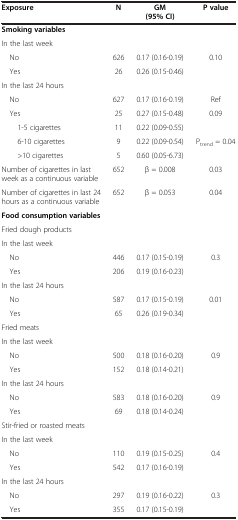
<table><thead><tr><td><b>Exposure</b></td><td><b>N</b></td><td><b>GM (95% CI)</b></td><td><b>P value</b></td></tr></thead><tbody><tr><td><b>Smoking variables</b></td><td> </td><td> </td><td> </td></tr><tr><td>In the last week</td><td> </td><td> </td><td> </td></tr><tr><td> No</td><td>626</td><td>0.17 (0.16-0.19)</td><td>0.10</td></tr><tr><td> Yes</td><td>26</td><td>0.26 (0.15-0.46)</td><td> </td></tr><tr><td>In the last 24 hours</td><td> </td><td> </td><td> </td></tr><tr><td> No</td><td>627</td><td>0.17 (0.16-0.19)</td><td>Ref</td></tr><tr><td> Yes</td><td>25</td><td>0.27 (0.15-0.48)</td><td>0.09</td></tr><tr><td>1-5 cigarettes</td><td>11</td><td>0.22 (0.09-0.55)</td><td> </td></tr><tr><td>6-10 cigarettes</td><td>9</td><td>0.22 (0.09-0.54)</td><td>P<sub>trend</sub> = 0.04</td></tr><tr><td>&gt;10 cigarettes</td><td>5</td><td>0.60 (0.05-6.73)</td><td> </td></tr><tr><td>Number of cigarettes in last week as a continuous variable</td><td>652</td><td>β = 0.008</td><td>0.03</td></tr><tr><td>Number of cigarettes in last 24 hours as a continuous variable</td><td>652</td><td>β = 0.053</td><td>0.04</td></tr><tr><td><b>Food consumption variables</b></td><td> </td><td> </td><td> </td></tr><tr><td>Fried dough products</td><td> </td><td> </td><td> </td></tr><tr><td>In the last week</td><td> </td><td> </td><td> </td></tr><tr><td> No</td><td>446</td><td>0.17 (0.15-0.19)</td><td>0.3</td></tr><tr><td> Yes</td><td>206</td><td>0.19 (0.16-0.23)</td><td> </td></tr><tr><td>In the last 24 hours</td><td> </td><td> </td><td> </td></tr><tr><td> No</td><td>587</td><td>0.17 (0.15-0.19)</td><td>0.01</td></tr><tr><td> Yes</td><td>65</td><td>0.26 (0.19-0.34)</td><td> </td></tr><tr><td>Fried meats</td><td> </td><td> </td><td> </td></tr><tr><td>In the last week</td><td> </td><td> </td><td> </td></tr><tr><td> No</td><td>500</td><td>0.18 (0.16-0.20)</td><td>0.9</td></tr><tr><td> Yes</td><td>152</td><td>0.18 (0.14-0.21)</td><td> </td></tr><tr><td>In the last 24 hours</td><td> </td><td> </td><td> </td></tr><tr><td> No</td><td>583</td><td>0.18 (0.16-0.20)</td><td>0.9</td></tr><tr><td> Yes</td><td>69</td><td>0.18 (0.14-0.24)</td><td> </td></tr><tr><td>Stir-fried or roasted meats</td><td> </td><td> </td><td> </td></tr><tr><td>In the last week</td><td> </td><td> </td><td> </td></tr><tr><td> No</td><td>110</td><td>0.19 (0.15-0.25)</td><td>0.4</td></tr><tr><td> Yes</td><td>542</td><td>0.17 (0.16-0.19)</td><td> </td></tr><tr><td>In the last 24 hours</td><td> </td><td> </td><td> </td></tr><tr><td> No</td><td>297</td><td>0.19 (0.16-0.22)</td><td>0.3</td></tr><tr><td> Yes</td><td>355</td><td>0.17 (0.15-0.19)</td><td> </td></tr></tbody></table>